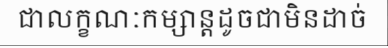
ជាលក្ខណៈកម្សាន្តដូចជាមិនដាច់